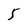
Character: 5